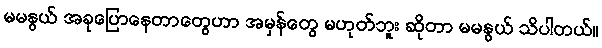
မမနွယ် အခုပြောနေတာတွေဟာ အမှန်တွေ မဟုတ်ဘူး ဆိုတာ မမနွယ် သိပါတယ်။